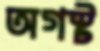
অগস্ট